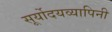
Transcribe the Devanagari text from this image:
सूर्योदयव्यापिनी